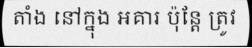
តាំង នៅក្នុង អគារ ប៉ុន្តែ ត្រូវ